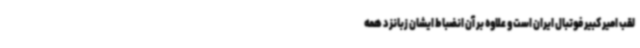
لقب امیر کبیر فوتبال ایران است و علاوه بر آن انضباط ایشان زبانزد همه